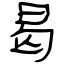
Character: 曷